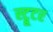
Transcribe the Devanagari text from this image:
स्ट्रूटर